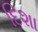
દિશા